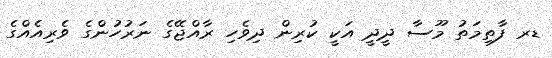
ޑރ ފާތިމަތު މޫސާ ދީދީ އަކީ ކުރިން ދިވެހި ރާއްޖޭގެ ނަރުހުންގެ ވެރިއެއްގެ